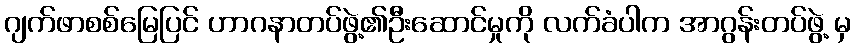
ဂျက်ဖာစစ်မြေပြင် ဟာဂနာတပ်ဖွဲ့၏ဦးဆောင်မှုကို လက်ခံပါက အာဂွန်းတပ်ဖွဲ့ မှ